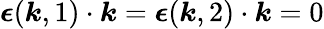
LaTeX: {\boldsymbol{\epsilon}}({\boldsymbol{k}},1)\cdot{\boldsymbol{k}}={\boldsymbol{\epsilon}}({\boldsymbol{k}},2)\cdot{\boldsymbol{k}}=0